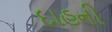
દાહની